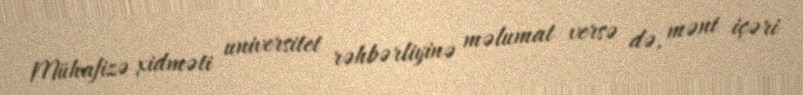
Mühafizə xidməti universitet rəhbərliyinə məlumat versə də, məni içəri